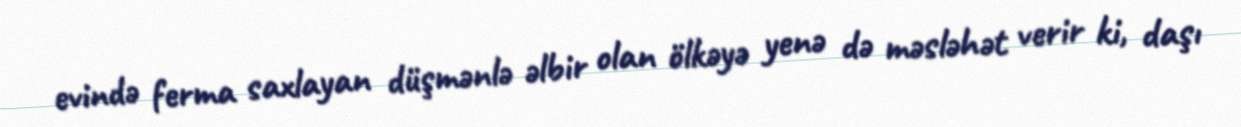
evində ferma saxlayan düşmənlə əlbir olan ölkəyə yenə də məsləhət verir ki, daşı